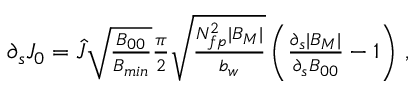
\begin{array} { r } { \partial _ { s } J _ { 0 } = \hat { J } \sqrt { \frac { B _ { 0 0 } } { B _ { m i n } } } \frac { \pi } { 2 } \sqrt { \frac { N _ { f p } ^ { 2 } | B _ { M } | } { b _ { w } } } \left( \frac { \partial _ { s } | B _ { M } | } { \partial _ { s } B _ { 0 0 } } - 1 \right) \, , } \end{array}